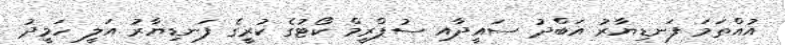
އުއްތަމަ ފަނޑިޔާރު އަބްދު ސައީދާއި ސުޕްރީމް ކޯޓުގެ ކުރީގެ ފަނޑިޔާރު އަލީ ހަމީދު